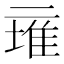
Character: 𱎕